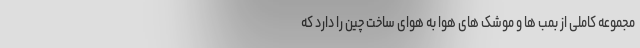
مجموعه کاملی از بمب ها و موشک های هوا به هوای ساخت چین را دارد که